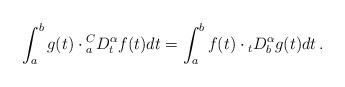
LaTeX: \begin{align*}\int_{a}^{b}g(t)\cdot {_a^CD_t^\alpha}f(t)dt =\int_a^b f(t)\cdot {_t D_b^\alpha} g(t)dt\,.\end{align*}